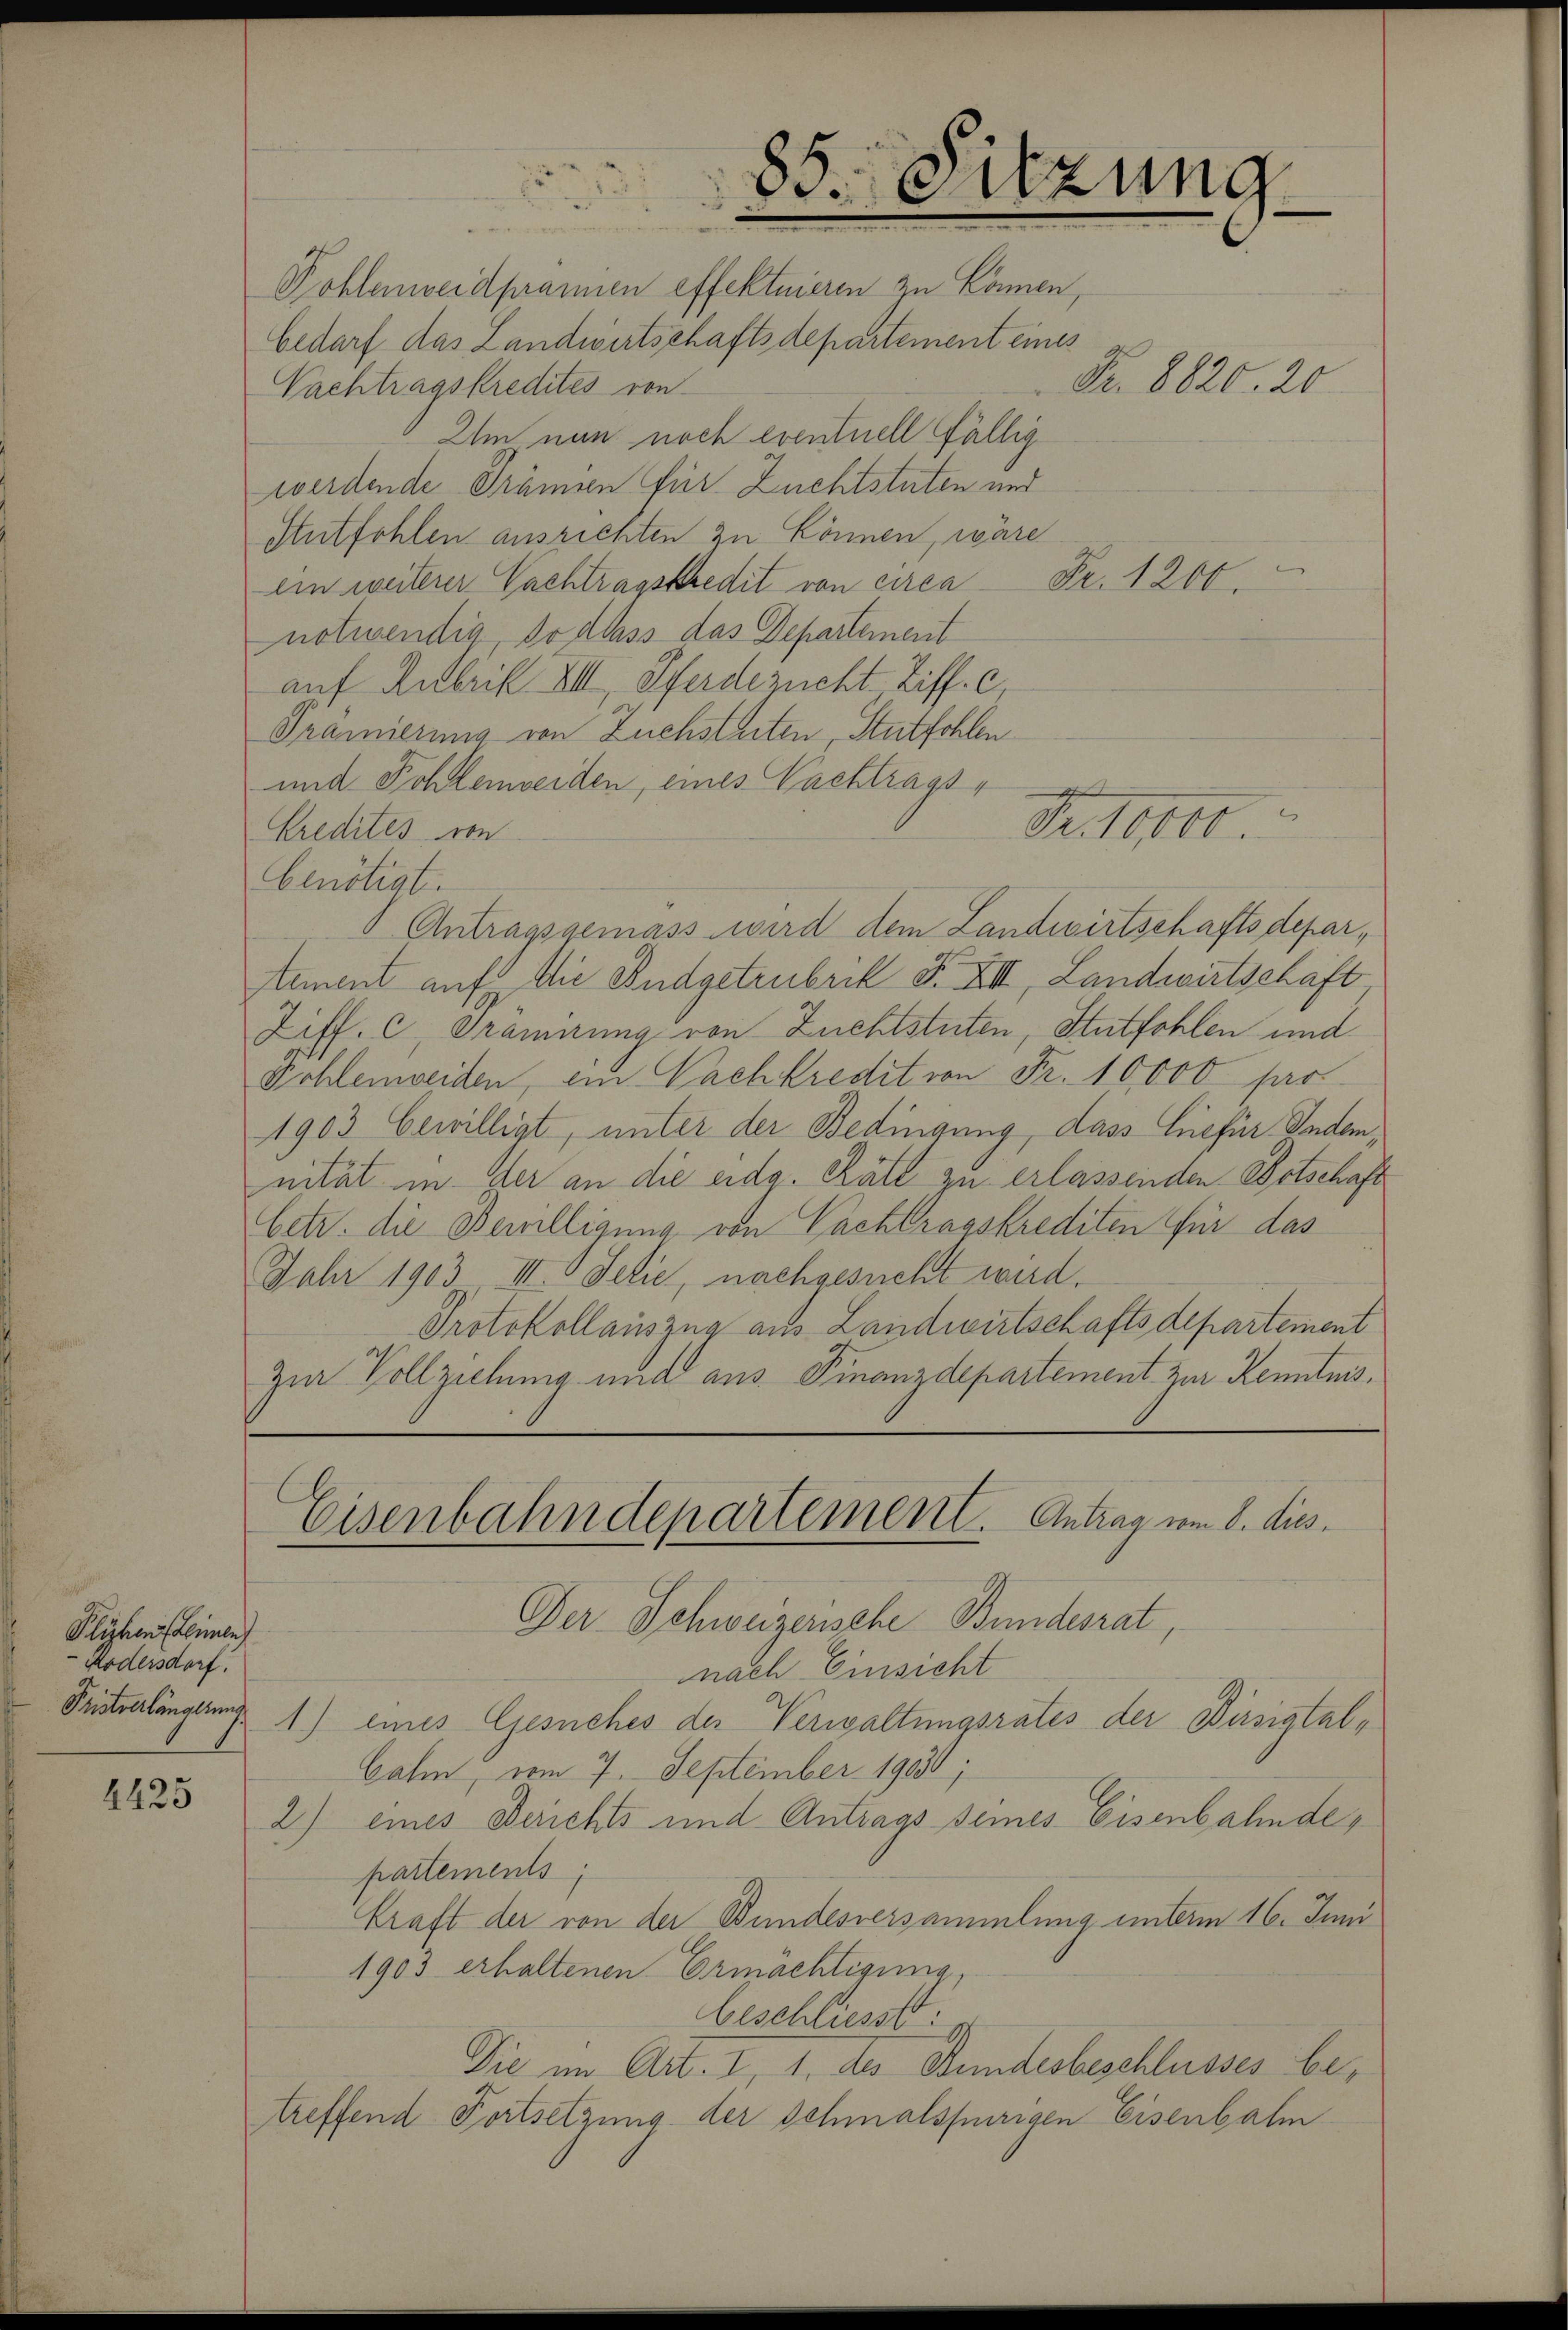
85. eitzung

Pohlenweidpranien effektuieren zu können,
bedarf das Landwirtschaftsdepartement eines
Nachtragskredites von
Um nun noch eventuell fällig
werdende Prämien für Zuchtstuten und
Autfohlen ausrichten zu können, wäre
ein weiterer Nachtragskredit von circa Fr. 1200.
notwendig, so dass das Departement
auf Rubrik XIII. Pferdezucht. Ziff. c,
Pramierung von Zuchsteten, Stutfohlen
und Sohlenverden, eines Nachtrags
Kredites von
benötigt.
Antragsgemäss wird dem Landwirtschaftsdepartement auf die Budgetrubrik F. XII, Landwirtschaft
Ziff. c., Prämirung von Zuchtstuten, Stutfohlen und
Kohlenweiden, ein Nachkredit von Fr. 10,000 sar
1903 bewilligt, unter der Bedingung, dass hiefür Indemnität in der an die eidg. Khält zu erlassenden Botschaft
betr. die Bewilligung von Pachtragskrediten für das
Jahr 1903 III. Selie, nachgesucht wird.
Protokollauszug aus Landwirtschaftsdepartement
Zur Vollziehung und aus Finanzdepartement zur Kenntnis¬
Eisenbahndepartement. Antrag vom 8. dies
Der Schweizensche Bundesrat,
nach Einsicht
Teintralingerung 1) eines Gesuches der Verwaltungsrates der Büssigtalbahn, vom 7. September 19000;
2) eines Berichts und Antrags seines Eisenbahndepartements
Kraft der von der Bundesversammlung unterm 16. Juni
1903 erhaltenen Ermächtigung,
beschliesst:
Die im Art. I, 1. des Stundesbeschlusses betreffend Fortsetzung der schmalspurigen Eisenbahn

Fr. 8820. 20

Fr. 10000

Plühen Leimen
Kodersdorf.

4425